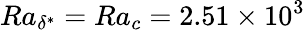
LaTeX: Ra_{\delta^{*}}=Ra_{c}=2.51\times 10^{3}